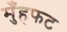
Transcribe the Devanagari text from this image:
मुँहफट